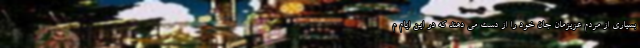
بسیاری از مردم عزیزمان جان خود را از دست می دهند که در این ایام م